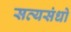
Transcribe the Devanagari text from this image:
सत्यसंधो